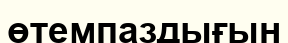
өтемпаздығын